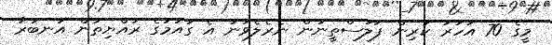
މީގެ 70 އަހަރު ކުރިން ފަލަސްތީނުން ނެރެލެވުނު އެ ގައުމުގެ ރައްޔިތުން އަނބުރާ